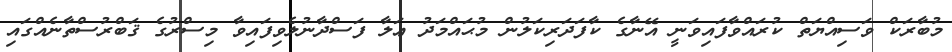
މުބާރަކް ވަސިއްޔަތް ކުރައްވާފައިވަނީ އޭނާގެ ކާފަދަރިކަލުން މުޙައްމަދު ޢަލާ ފަސްދާނުލެވިފައިވާ މިސްރުގެ ޤަބްރުސްތާނެއްގައި